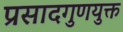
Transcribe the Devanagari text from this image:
प्रसादगुणयुक्त